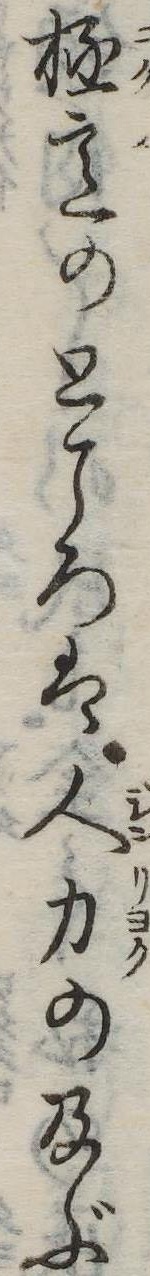
極意のところは人力の及ぶ